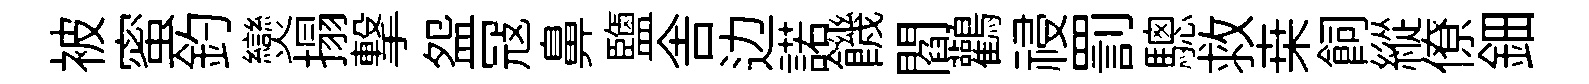
被蜜釣𤓖搨撃盌冦鼻鹽舎边諾饑閻鸛祲罰驄救桒飼縱僚鈿